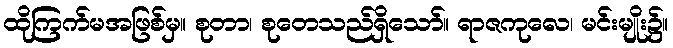
ထိုကြက်မအဖြစ်မှ။ စုတာ၊ စုတေသည်ရှိသော်။ ရာဇကုလေ၊ မင်းမျိုး၌။